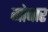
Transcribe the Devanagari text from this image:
गोबार